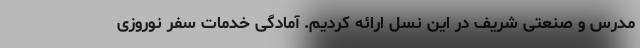
مدرس و صنعتی شریف در این نسل ارائه کردیم. آمادگی خدمات سفر نوروزی